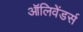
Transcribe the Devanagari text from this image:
ऑलिवेंडर्स